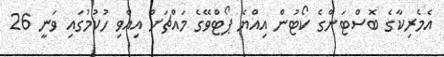
އެމެރިކާގެ ބޮސްޓަންގެ ކޯޓުން އިއްޔެ ޕޯޓްވޭގެ މައްޗަށް އިއްވި ހުކުމުގައި ވަނީ 26